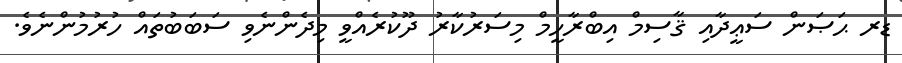
ޑރ ޙަޞަން ސަޢީދާއި ޤާސިމް އިބްރާހީމް މިސަރުކާރު ދޫކުރެއްވީ މިދެންނެވި ސަބަބުތައް ހުރުމުންނެވެ.